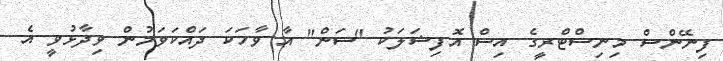
ފިނޭންސް މިނިސްޓްރީގެ އިސް އޮފިޝަލަކު "ސަން" އާ ވާހަކަ ދައްކަވަމުން ވިދާޅުވީ އެ